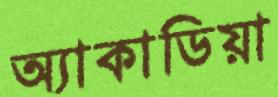
অ্যাকাডিয়া